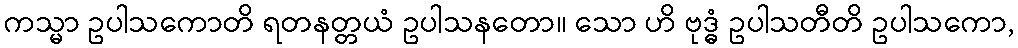
ကသ္မာ ဥပါသကောတိ ရတနတ္တယံ ဥပါသနတော။ သော ဟိ ဗုဒ္ဓံ ဥပါသတီတိ ဥပါသကော,